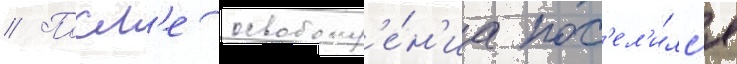
// Посл'е освобожд'е́н'иа пос'ел'и́лс'я